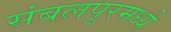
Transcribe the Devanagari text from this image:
संबलपूरमध्ये